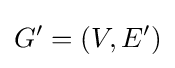
G'=(V,E')